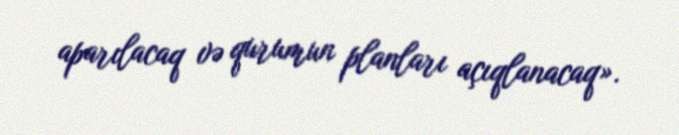
aparılacaq və qurumun planları açıqlanacaq».